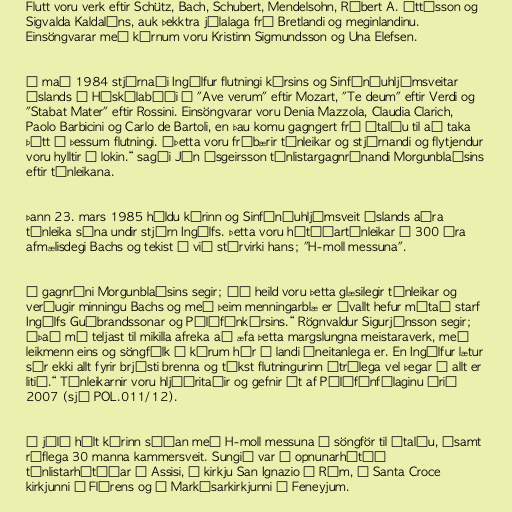
Flutt voru verk eftir Schütz, Bach, Schubert, Mendelsohn, Róbert A. Óttósson og
Sigvalda Kaldalóns, auk þekktra jólalaga frá Bretlandi og meginlandinu.
Einsöngvarar með kórnum voru Kristinn Sigmundsson og Una Elefsen.

Í maí 1984 stjórnaði Ingólfur flutningi kórsins og Sinfóníuhljómsveitar
Íslands í Háskólabíói á "Ave verum" eftir Mozart, "Te deum" eftir Verdi og
"Stabat Mater" eftir Rossini. Einsöngvarar voru Denia Mazzola, Claudia Clarich,
Paolo Barbicini og Carlo de Bartoli, en þau komu gagngert frá Ítalíu til að taka
þátt í þessum flutningi. „Þetta voru frábærir tónleikar og stjórnandi og flytjendur
voru hylltir í lokin.“ sagði Jón Ásgeirsson tónlistargagnrýnandi Morgunblaðsins
eftir tónleikana.

Þann 23. mars 1985 héldu kórinn og Sinfóníuhljómsveit Íslands aðra
tónleika sína undir stjórn Ingólfs. Þetta voru hátíðartónleikar á 300 ára
afmælisdegi Bachs og tekist á við stórvirki hans; "H-moll messuna".

Í gagnrýni Morgunblaðsins segir; „Í heild voru þetta glæsilegir tónleikar og
verðugir minningu Bachs og með þeim menningarblæ er ávallt hefur mótað starf
Ingólfs Guðbrandssonar og Pólýfónkórsins.“ Rögnvaldur Sigurjónsson segir;
„Það má teljast til mikilla afreka að æfa þetta margslungna meistaraverk, með
leikmenn eins og söngfólk í kórum hér á landi óneitanlega er. En Ingólfur lætur
sér ekki allt fyrir brjósti brenna og tókst flutningurinn ótrúlega vel þegar á allt er
litið.“ Tónleikarnir voru hljóðritaðir og gefnir út af Pólýfónfélaginu árið
2007 (sjá POL.011/12).

Í júlí hélt kórinn síðan með H-moll messuna í söngför til Ítalíu, ásamt
ríflega 30 manna kammersveit. Sungið var á opnunarhátíð
tónlistarhátíðar í Assisi, í kirkju San Ignazio í Róm, í Santa Croce
kirkjunni í Flórens og í Markúsarkirkjunni í Feneyjum.